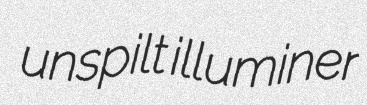
unspilt illuminer